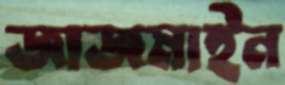
জাজমাইন